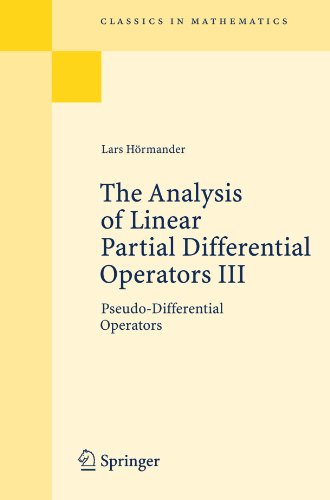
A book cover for The Analysis of Linear Partial Differential Operators III: Pseudo-Differential Operators (Classics in Mathematics); Lars HÃ¶rmander; Science & Math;